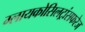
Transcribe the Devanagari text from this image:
ग्लायकोसिलट्रांसफरेज